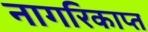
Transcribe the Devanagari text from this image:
नागरिकाप्त